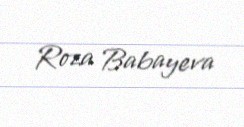
Roza Babayeva